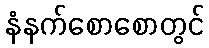
နံနက်စောစောတွင်